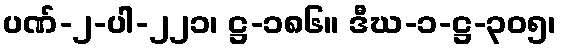
ပဏ်-၂-ပါ-၂၂၁၊ ဋ္ဌ-၁၈၆။ ဒီဃ-၁-ဋ္ဌ-၃၀၅၊